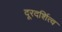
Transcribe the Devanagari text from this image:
दूरदर्शित्व